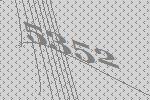
5352